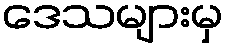
ဒေသများမှ